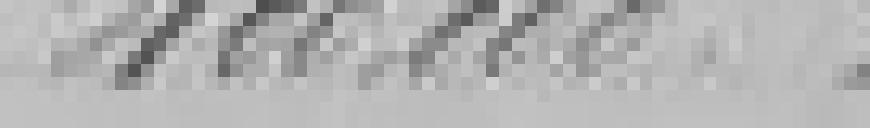
400.000